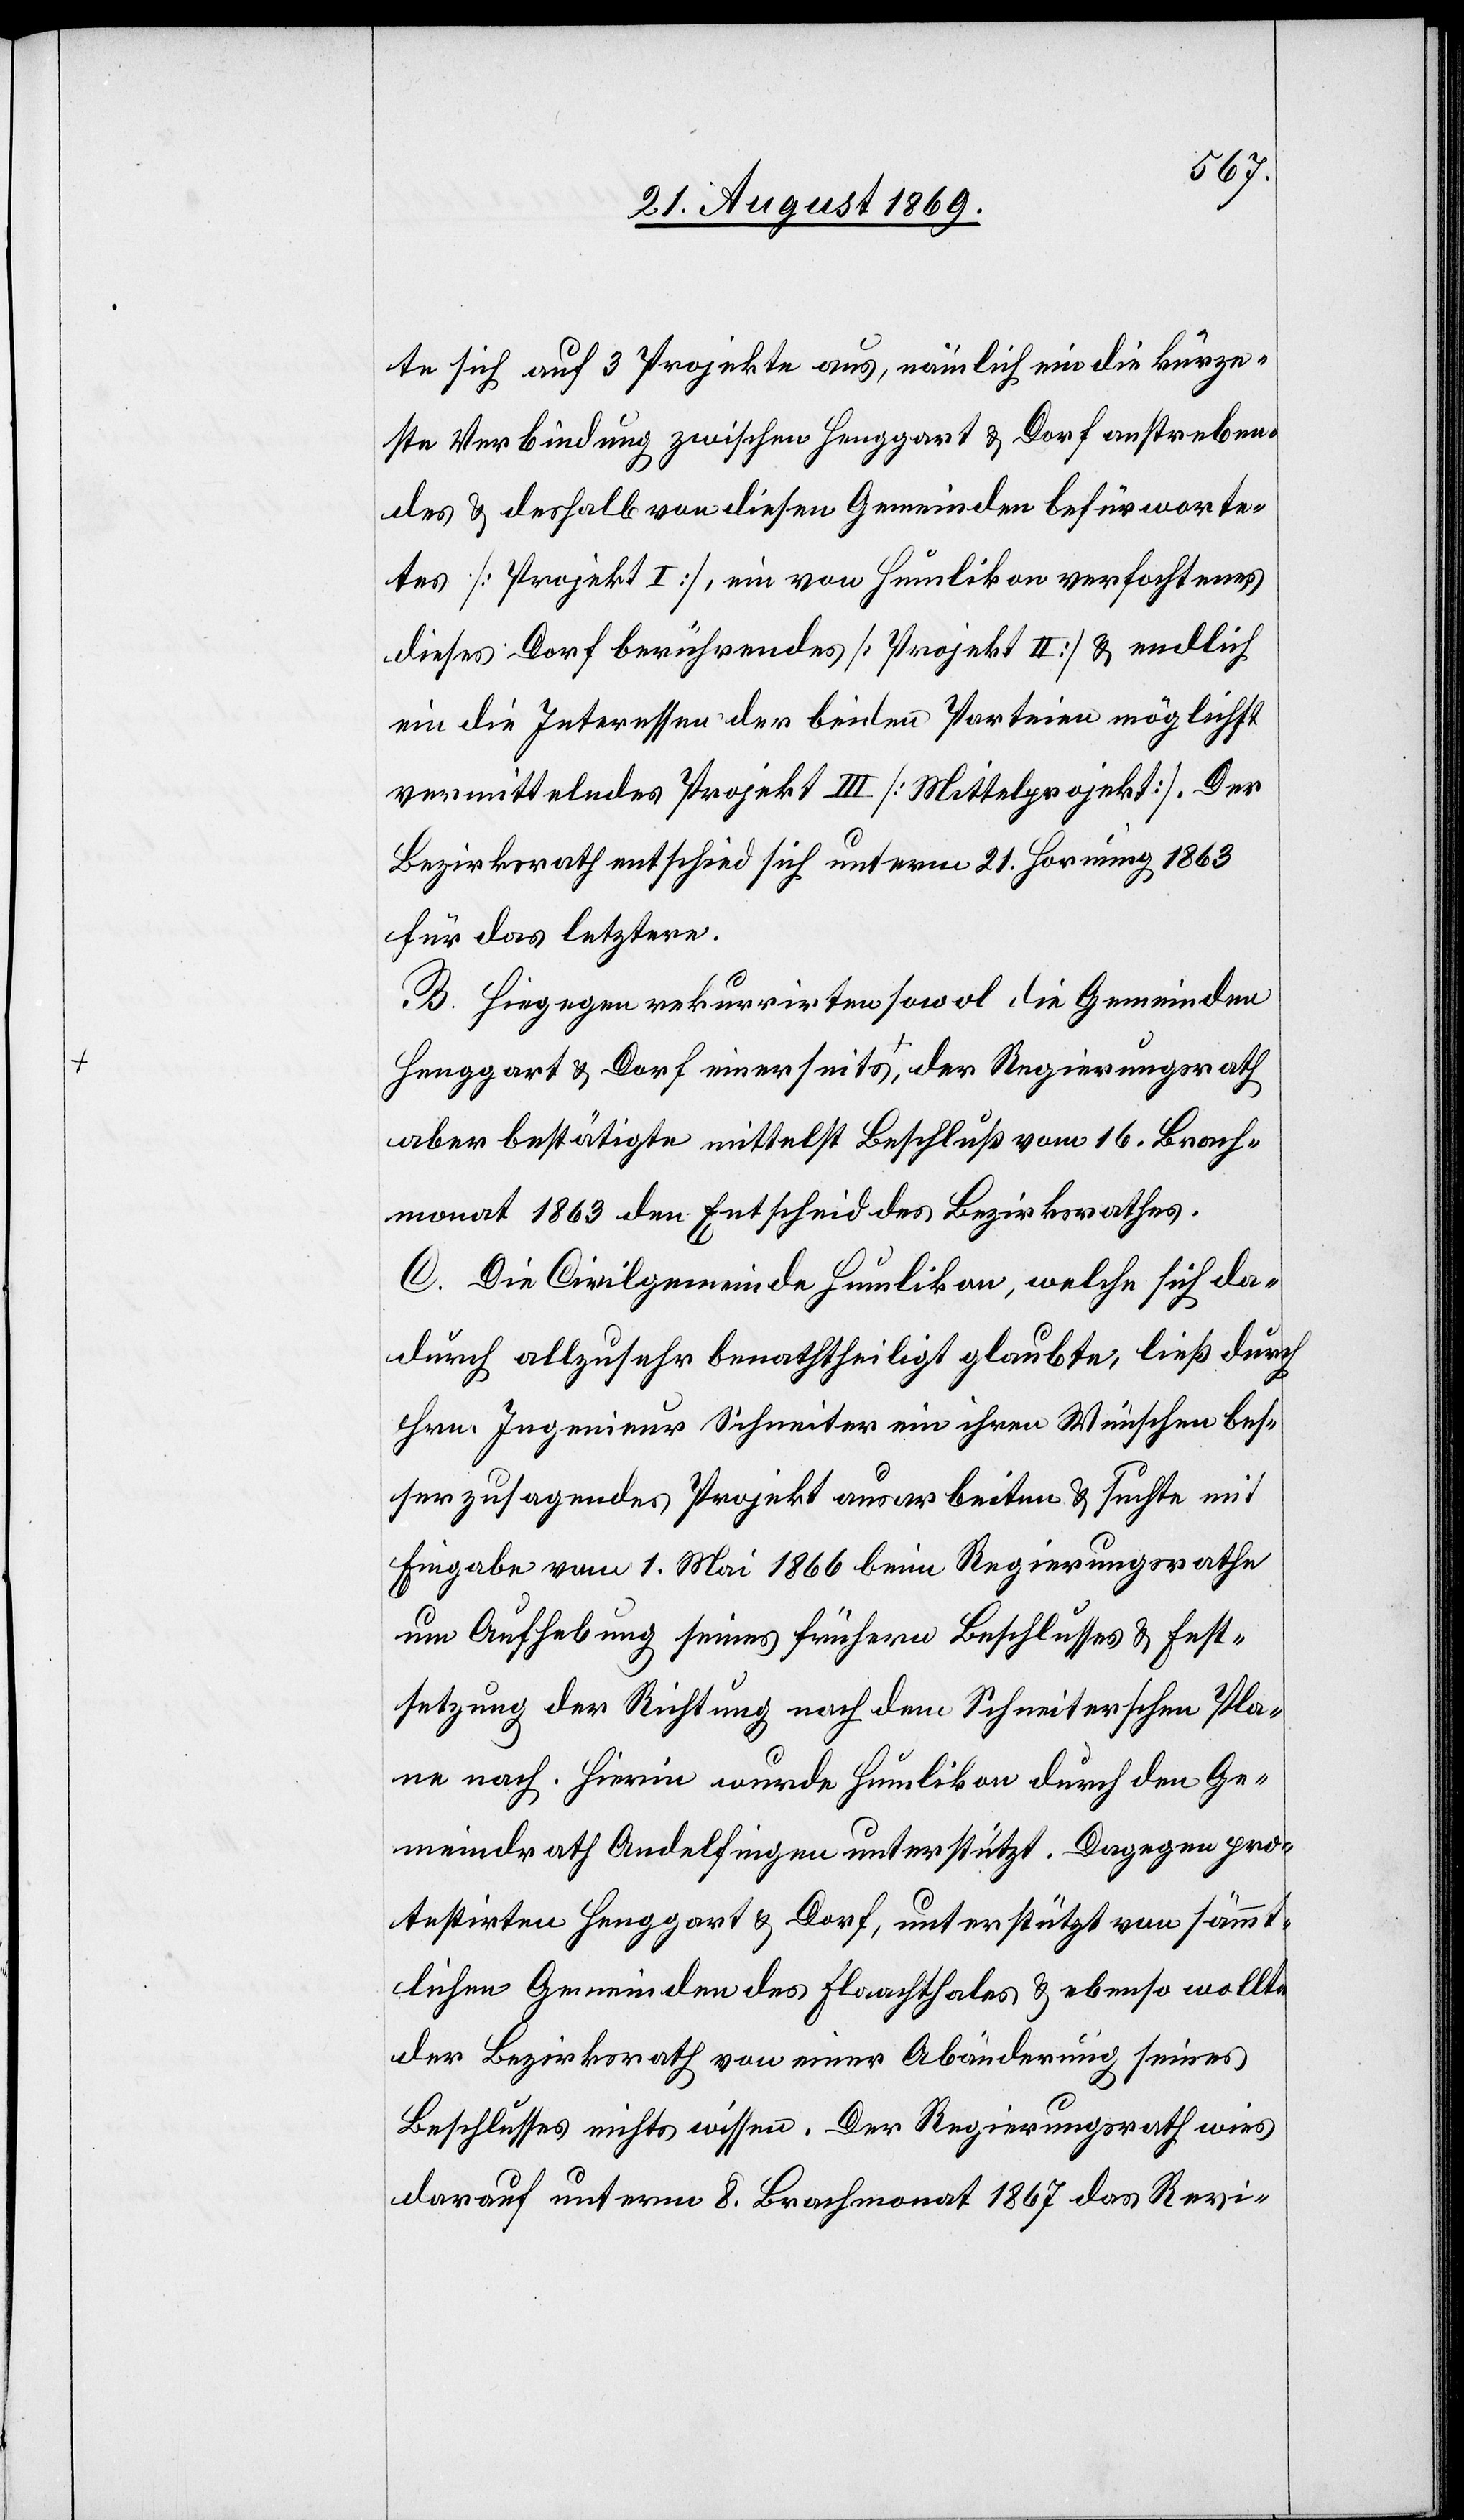
te sich auf 3 Projekte aus, nämlich ein die kürze¬
ste Verbindung zwischen Henggart & Dorf anstreben¬
des & deshalb von diesen Gemeinden befürworte¬
tes [Projekt I], ein von Humlikon verfochtenes
dieses Dorf berührendes [Projekt II] & endlich
ein die Interessen der beiden Parteien möglichst
vermittelndes Projekt III [Mittelprojekt]. Der
Bezirksrath entschied sich unterm 21. Hornung 1863
für das letztere.
B. Hiegegen rekurrirten sowol die Gemeinden
Henggart & Dorf einerseits, der Regierungsrath
aber bestätigte mittelst Beschluß vom 16. Brach¬
monat 1863 den Entscheid des Bezirksrathes.
C. Die Civilgemeinde Humlikon, welche sich da¬
durch allzusehr benaththeiligt [recte: benachtheiligt]
Hrn. Ingenieur Schneiter ein ihren Wünschen bes¬
ser zusagendes Projekt ausarbeiten & suchte mit
Eingabe vom 1. Mai 1866 beim Regierungsrathe
um Aufhebung seines frühern Beschlusses & Fest¬
setzung der Richtung nach dem Schneiterschen Pla¬
ne nach. Hierin wurde Humlikon durch den Ge¬
meindrath Andelfingen unterstützt. Dagegen pro¬
testirten Henggart & Dorf, unterstützt von sämmt¬
lichen Gemeinden des Flaachthales & ebenso wollte
der Bezirksrath von einer Abänderung seines
Beschlusses nichts wissen. Der Regierungsrath wies
darauf unterm 8. Brachmonat 1867 das Revi-